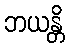
ဘယန္တိ